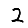
Digit: 2